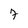
Character: 7